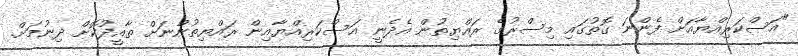
"އަސްކަރިއްޔާއަށް ފެންނަ ގޮތުގައި މިސްރުގެ ރައްޔިތުން އެދެނީ އަސްކަރިއްޔާއިން ރައްޔިތުންނަށް ތާއީދުކޮށް ދިނުމަށް.